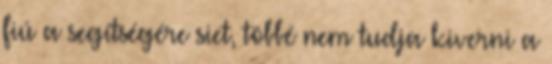
fiú a segítségére siet, többé nem tudja kiverni a